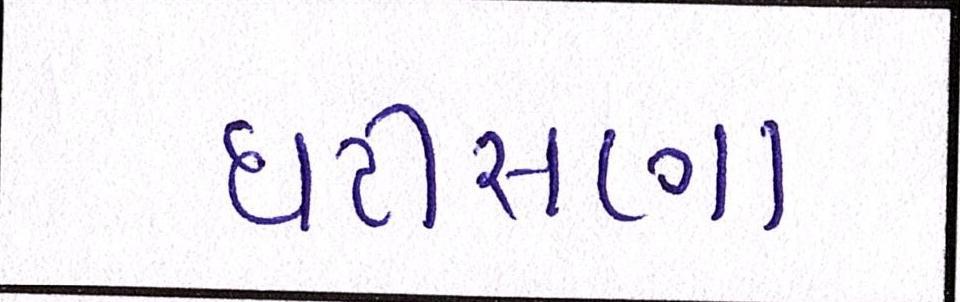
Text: ઘટીસણા